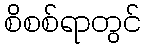
စိစစ်ရာတွင်